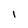
Character: l